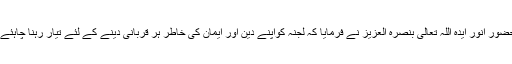
حضور انور ایدہ اللہ تعالیٰ بنصرہ العزیز نے فرمایا کہ لجنہ کواپنے دین اور ایمان کی خاطر ہر قربانی دینے کے لئے تیار رہنا چاہئے ۔